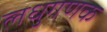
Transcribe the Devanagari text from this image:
लधुगणक